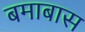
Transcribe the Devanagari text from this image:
बमाबास